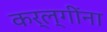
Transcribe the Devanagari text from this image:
कर्ल्गींना